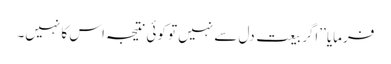
فرمایا ’’اگر بیعت دل سے نہیں تو کوئی نتیجہ اس کا نہیں۔